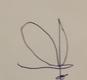
Signature authenticity: forged